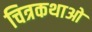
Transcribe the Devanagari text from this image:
चित्रकथाओ